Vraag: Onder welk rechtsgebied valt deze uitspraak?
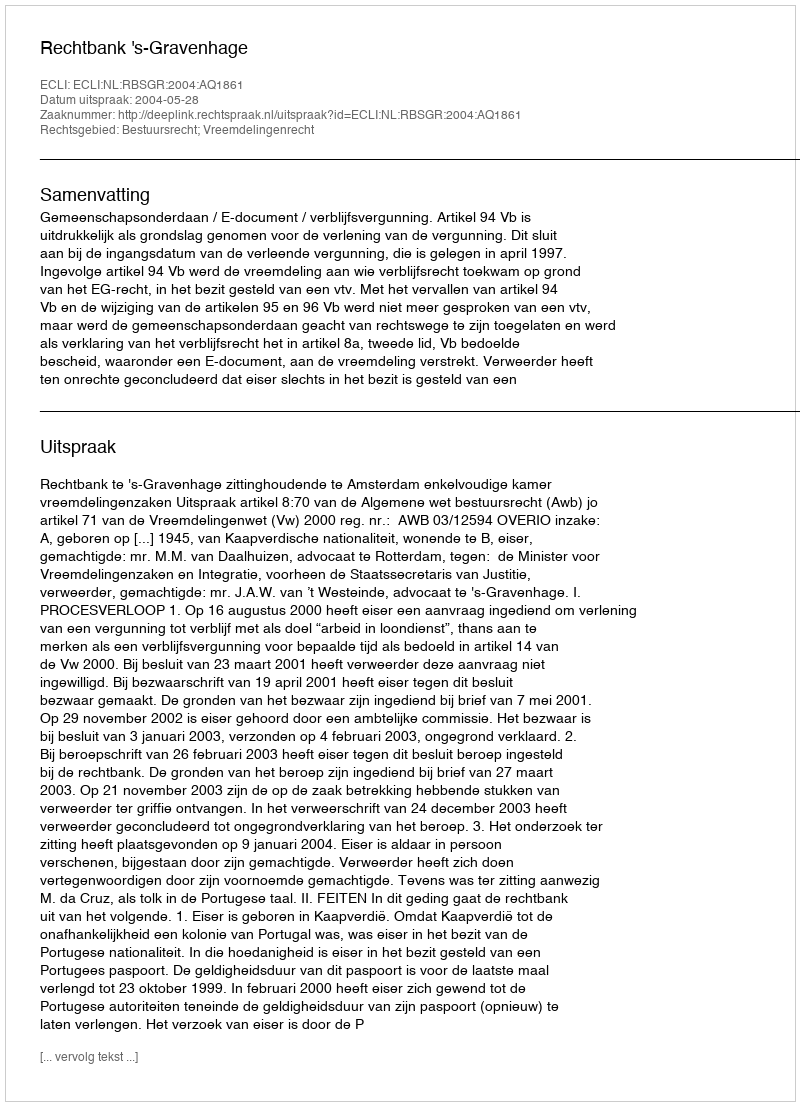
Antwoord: Bestuursrecht; Vreemdelingenrecht